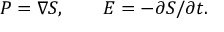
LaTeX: { \cal P } = \nabla { \cal S } , \qquad { \cal E } = - \partial { \cal S } / \partial t .